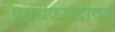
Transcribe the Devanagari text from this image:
प्रबंधकपदावर